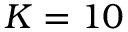
{ K = 1 0 }